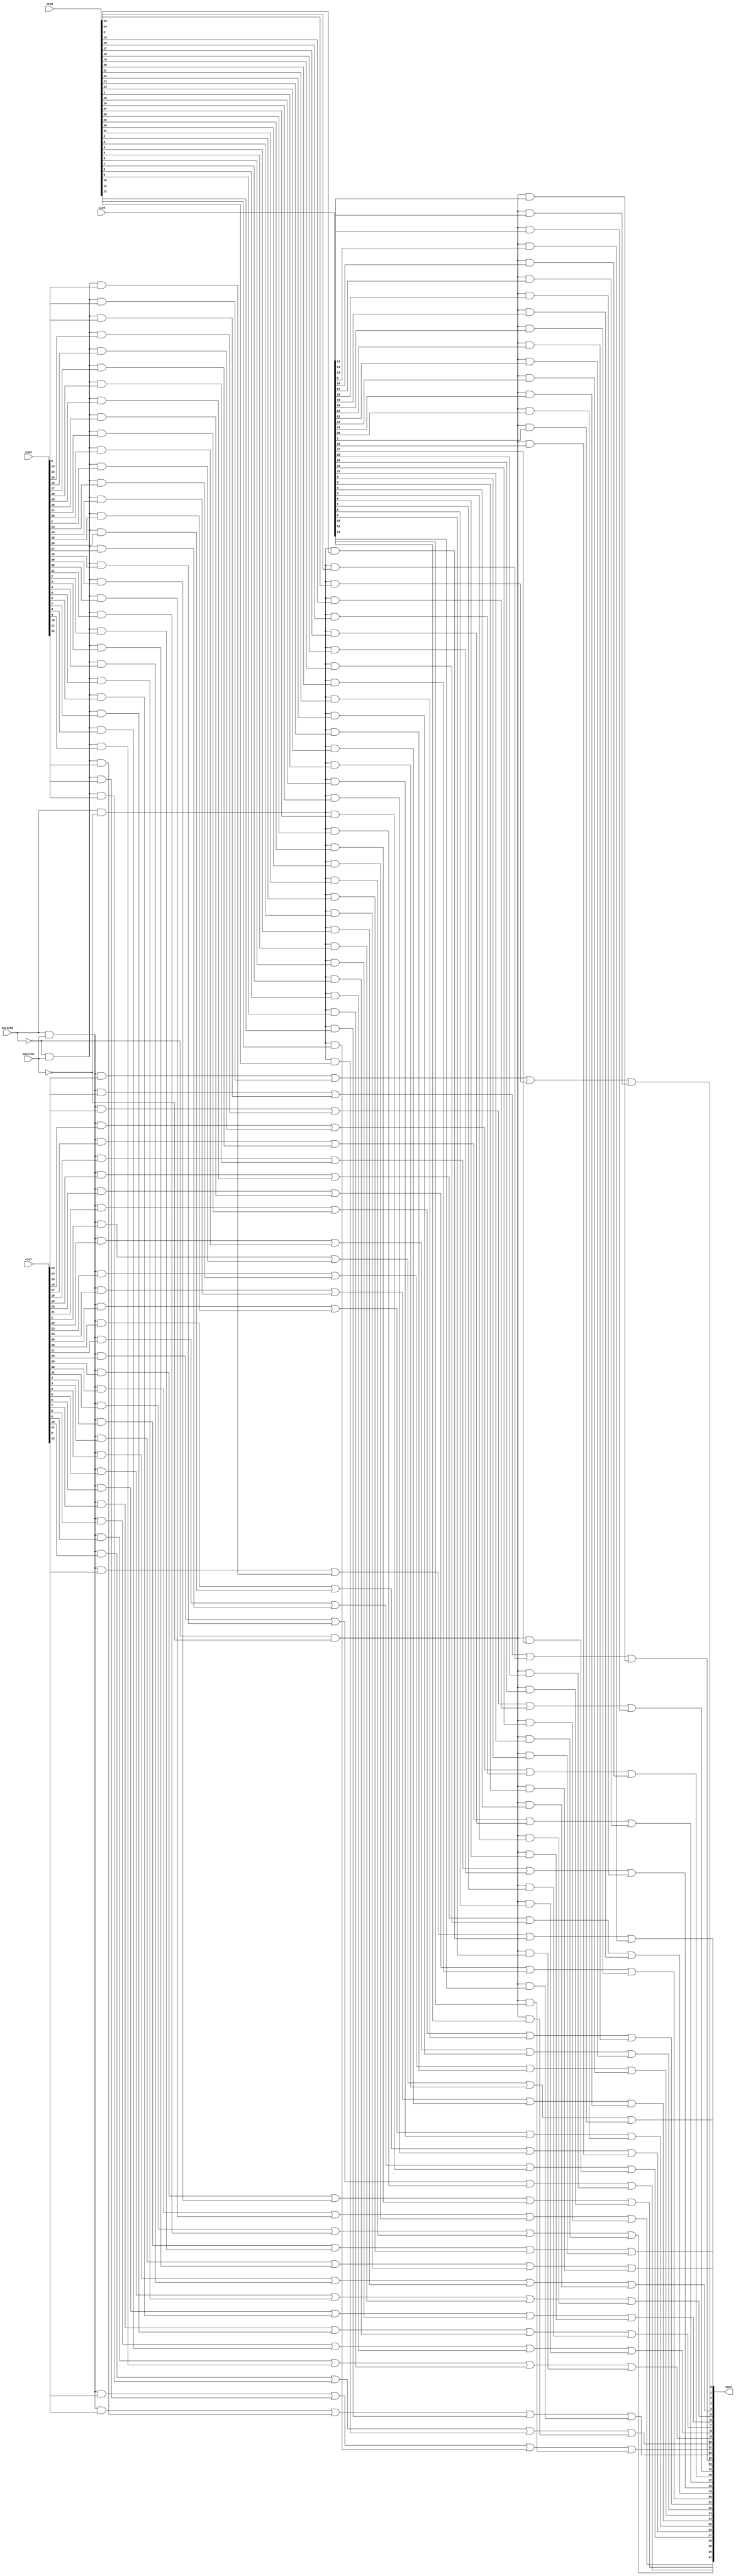
module mux(cin1,cin2,cin3,cin4,switch1,switch2,cout);
    input [31:0] cin1,cin2,cin3,cin4;
    input  switch1,switch2;
    output [31:0] cout;
    wire temp1,temp2,temp3,temp4;
    wire [31:0]mid1,mid2,mid3,mid4;
    and(temp1,switch2,switch1);
    and(temp2,~switch2,switch1);
    and(temp3,switch2,~switch1);
    and(temp4,~switch2,~switch1);
    generate
        genvar i;
        for(i=0;i<32;i=i+1) begin : mux_std
            and(mid1[i],temp1,cin1[i]);
            and(mid2[i],temp2,cin2[i]);
            and(mid3[i],temp3,cin3[i]);
            and(mid4[i],temp4,cin4[i]);
            or(cout[i],mid1[i],mid2[i],mid3[i],mid4[i]);
        end
    endgenerate
endmodule